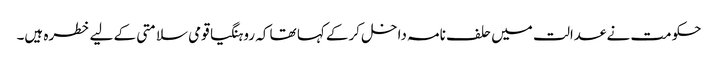
حکومت نے عدالت میں حلف نامہ داخل کرکے کہا تھا کہ روہنگیا قومی سلامتی کے لیے خطرہ ہیں۔